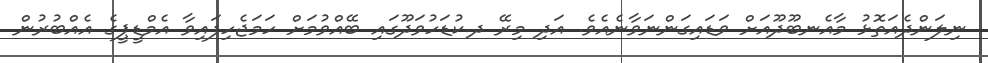
ނިލަންދެއަތޮޅު މާއެނބޫދޫއަށް ވަޑައިގަންނަވާނެއެވެ. އަދި މިރޭ ދ.ކުޑަހުވަދޫގައި ބޭއްވުމަށް ހަމަޖެހިފައިވާ އެމްޑީޕީގެ އެއްބުރުން